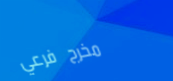
مخرج فرعي